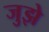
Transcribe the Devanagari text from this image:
जुझे